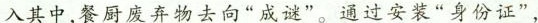
入其中，餐厨废弃物去向”成谜”。通过安装”身份证”，